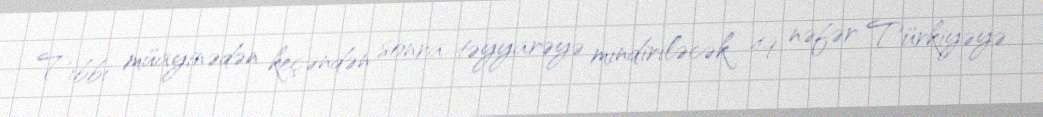
Tibbi müayinədən keçəndən sonra təyyarəyə mindiriləcək 49 nəfər Türkiyəyə